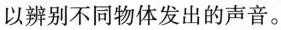
以辨别不同物体发出的声音。